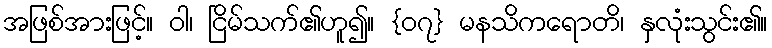
အဖြစ်အားဖြင့်။ ဝါ၊ ငြိမ်သက်၏ဟူ၍။ {၀၇} မနသိကရောတိ၊ နှလုံးသွင်း၏။